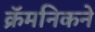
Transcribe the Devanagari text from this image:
क्रॅमनिकने